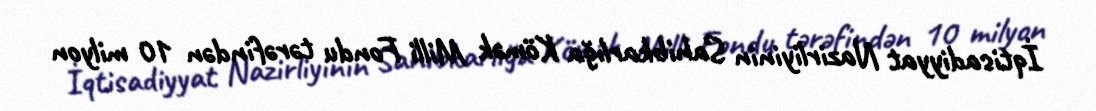
İqtisadiyyat Nazirliyinin Sahibkarlığa Kömək Milli Fondu tərəfindən 10 milyon